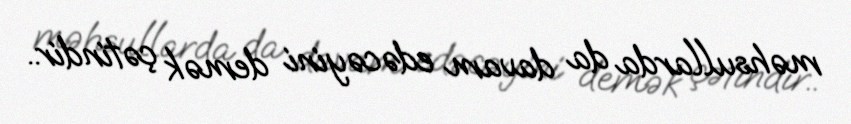
məhsullarda da davam edəcəyini demək çətindir..